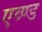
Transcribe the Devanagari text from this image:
एव्ण्ड